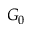
G _ { 0 }